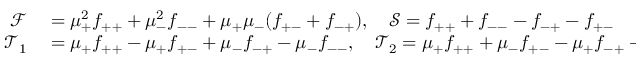
\begin{array} { r l } { \mathcal { F } } & { { } = \mu _ { + } ^ { 2 } f _ { + + } + \mu _ { - } ^ { 2 } f _ { -- } + \mu _ { + } \mu _ { - } ( f _ { + - } + f _ { - + } ) , \quad \mathcal { S } = f _ { + + } + f _ { -- } - f _ { - + } - f _ { + - } } \\ { \mathcal { T } _ { 1 } } & { { } = \mu _ { + } f _ { + + } - \mu _ { + } f _ { + - } + \mu _ { - } f _ { - + } - \mu _ { - } f _ { -- } , \quad \mathcal { T } _ { 2 } = \mu _ { + } f _ { + + } + \mu _ { - } f _ { + - } - \mu _ { + } f _ { - + } - \mu _ { - } f _ { -- } . } \end{array}